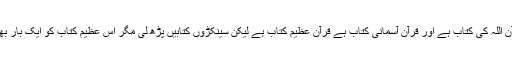
ہم سب یہ کہتے نظر آتے ہیں کہ قرآن اللہ کی کتاب ہے اور قرآن آسمانی کتاب ہے قرآن عظیم کتاب ہے لیکن سینکڑوں کتابیں پڑھ لی مگر اس عظیم کتاب کو ایک بار بھی ترجمہ کے ساتھ مکمل نہیں پڑھا۔